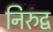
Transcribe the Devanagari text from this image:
निरुद्व